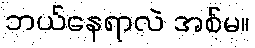
ဘယ်နေရာလဲ အစ်မ။